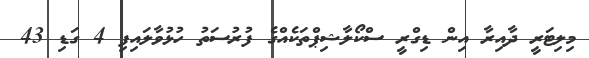
މިލިޓަރީ ދާއިރާ އިން ޑިގްރީ ސްކޯލާޝިޕްތަކެއްގެ ފުރުސަތު ހުޅުވާލައިފި 4 ގަޑި 43